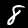
Label: 8